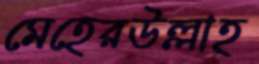
মেহেরউল্লাহ